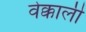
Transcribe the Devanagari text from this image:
वेक्काली